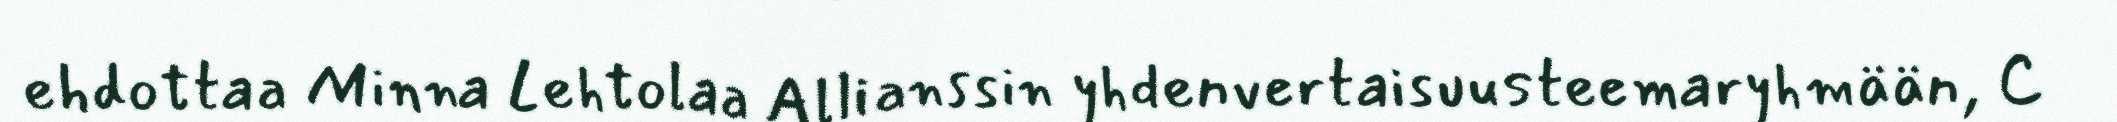
ehdottaa Minna Lehtolaa Allianssin yhdenvertaisuusteemaryhmään, 